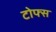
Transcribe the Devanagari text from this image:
टोफ्स